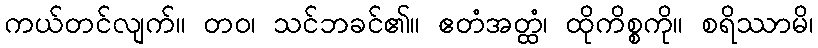
ကယ်တင်လျက်။ တဝ၊ သင်ဘခင်၏။ ဧတံအတ္ထံ၊ ထိုကိစ္စကို။ စရိဿာမိ၊